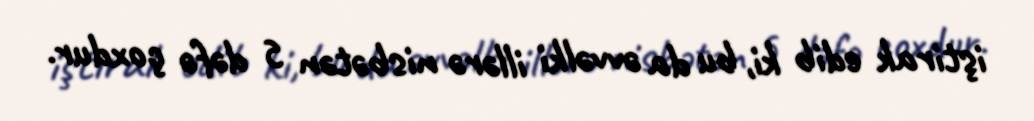
iştirak edib ki, bu da əvvəlki illərə nisbətən 5 dəfə çoxdur.